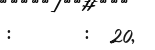
:       :  20